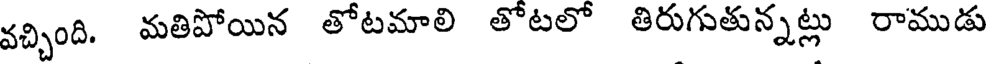
వచ్చింది. మతిపోయిన తోటమాలి తోటలో తిరుగుతున్నట్లు రాముడు